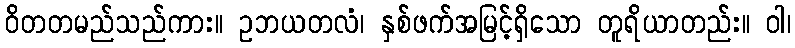
ဝိတတမည်သည်ကား။ ဥဘယတလံ၊ နှစ်ဖက်အမြင့်ရှိသော တူရိယာတည်း။ ဝါ၊